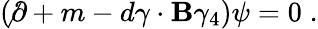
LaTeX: (\not\partial+m-d{\mathbf\gamma}\cdot{\mathbf B}\gamma_{4})\psi=0\; .